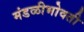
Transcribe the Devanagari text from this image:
मंडळीभोवती